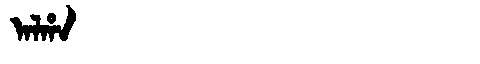
Manchu: ᠠᠯᡥᠠ
Romanization: ALHA